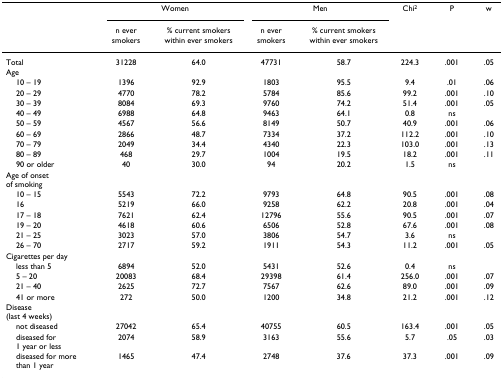
<table><thead><tr><td>[EMPTY_CELL]</td><td colspan="2"><b>Women</b></td><td colspan="2"><b>Men</b></td><td><b>Chi<sup>2</sup></b></td><td>[EMPTY_CELL]</td><td><b>P</b></td><td>[EMPTY_CELL]</td><td><b>w</b></td></tr><tr><td>[EMPTY_CELL]</td><td><b>n ever smokers</b></td><td><b>% current smokers within ever smokers</b></td><td><b>n ever smokers</b></td><td><b>% current smokers within ever smokers</b></td><td>[EMPTY_CELL]</td><td>[EMPTY_CELL]</td><td>[EMPTY_CELL]</td><td>[EMPTY_CELL]</td><td>[EMPTY_CELL]</td></tr></thead><tbody><tr><td>Total</td><td>31228</td><td>64.0</td><td>47731</td><td>58.7</td><td>224.3</td><td>[EMPTY_CELL]</td><td>.001</td><td>[EMPTY_CELL]</td><td>.05</td></tr><tr><td>Age</td><td>[EMPTY_CELL]</td><td>[EMPTY_CELL]</td><td>[EMPTY_CELL]</td><td>[EMPTY_CELL]</td><td>[EMPTY_CELL]</td><td>[EMPTY_CELL]</td><td>[EMPTY_CELL]</td><td>[EMPTY_CELL]</td><td>[EMPTY_CELL]</td></tr><tr><td> 10 – 19</td><td>1396</td><td>92.9</td><td>1803</td><td>95.5</td><td>9.4</td><td>[EMPTY_CELL]</td><td>.01</td><td>[EMPTY_CELL]</td><td>.06</td></tr><tr><td> 20 – 29</td><td>4770</td><td>78.2</td><td>5784</td><td>85.6</td><td>99.2</td><td>[EMPTY_CELL]</td><td>.001</td><td>[EMPTY_CELL]</td><td>.10</td></tr><tr><td> 30 – 39</td><td>8084</td><td>69.3</td><td>9760</td><td>74.2</td><td>51.4</td><td>[EMPTY_CELL]</td><td>.001</td><td>[EMPTY_CELL]</td><td>.05</td></tr><tr><td> 40 – 49</td><td>6988</td><td>64.8</td><td>9463</td><td>64.1</td><td>0.8</td><td>[EMPTY_CELL]</td><td>ns</td><td>[EMPTY_CELL]</td><td>[EMPTY_CELL]</td></tr><tr><td> 50 – 59</td><td>4567</td><td>56.6</td><td>8149</td><td>50.7</td><td>40.9</td><td>[EMPTY_CELL]</td><td>.001</td><td>[EMPTY_CELL]</td><td>.06</td></tr><tr><td> 60 – 69</td><td>2866</td><td>48.7</td><td>7334</td><td>37.2</td><td>112.2</td><td>[EMPTY_CELL]</td><td>.001</td><td>[EMPTY_CELL]</td><td>.10</td></tr><tr><td> 70 – 79</td><td>2049</td><td>34.4</td><td>4340</td><td>22.3</td><td>103.0</td><td>[EMPTY_CELL]</td><td>.001</td><td>[EMPTY_CELL]</td><td>.13</td></tr><tr><td> 80 – 89</td><td>468</td><td>29.7</td><td>1004</td><td>19.5</td><td>18.2</td><td>[EMPTY_CELL]</td><td>.001</td><td>[EMPTY_CELL]</td><td>.11</td></tr><tr><td> 90 or older</td><td>40</td><td>30.0</td><td>94</td><td>20.2</td><td>1.5</td><td>[EMPTY_CELL]</td><td>ns</td><td>[EMPTY_CELL]</td><td>[EMPTY_CELL]</td></tr><tr><td>Age of onset of smoking</td><td>[EMPTY_CELL]</td><td>[EMPTY_CELL]</td><td>[EMPTY_CELL]</td><td>[EMPTY_CELL]</td><td>[EMPTY_CELL]</td><td>[EMPTY_CELL]</td><td>[EMPTY_CELL]</td><td>[EMPTY_CELL]</td><td>[EMPTY_CELL]</td></tr><tr><td> 10 – 15</td><td>5543</td><td>72.2</td><td>9793</td><td>64.8</td><td>90.5</td><td>[EMPTY_CELL]</td><td>.001</td><td>[EMPTY_CELL]</td><td>.08</td></tr><tr><td> 16</td><td>5219</td><td>66.0</td><td>9258</td><td>62.2</td><td>20.8</td><td>[EMPTY_CELL]</td><td>.001</td><td>[EMPTY_CELL]</td><td>.04</td></tr><tr><td> 17 – 18</td><td>7621</td><td>62.4</td><td>12796</td><td>55.6</td><td>90.5</td><td>[EMPTY_CELL]</td><td>.001</td><td>[EMPTY_CELL]</td><td>.07</td></tr><tr><td> 19 – 20</td><td>4618</td><td>60.6</td><td>6506</td><td>52.8</td><td>67.6</td><td>[EMPTY_CELL]</td><td>.001</td><td>[EMPTY_CELL]</td><td>.08</td></tr><tr><td> 21 – 25</td><td>3023</td><td>57.0</td><td>3806</td><td>54.7</td><td>3.6</td><td>[EMPTY_CELL]</td><td>ns</td><td>[EMPTY_CELL]</td><td>[EMPTY_CELL]</td></tr><tr><td> 26 – 70</td><td>2717</td><td>59.2</td><td>1911</td><td>54.3</td><td>11.2</td><td>[EMPTY_CELL]</td><td>.001</td><td>[EMPTY_CELL]</td><td>.05</td></tr><tr><td>Cigarettes per day</td><td>[EMPTY_CELL]</td><td>[EMPTY_CELL]</td><td>[EMPTY_CELL]</td><td>[EMPTY_CELL]</td><td>[EMPTY_CELL]</td><td>[EMPTY_CELL]</td><td>[EMPTY_CELL]</td><td>[EMPTY_CELL]</td><td>[EMPTY_CELL]</td></tr><tr><td> less than 5</td><td>6894</td><td>52.0</td><td>5431</td><td>52.6</td><td>0.4</td><td>[EMPTY_CELL]</td><td>ns</td><td>[EMPTY_CELL]</td><td>[EMPTY_CELL]</td></tr><tr><td> 5 – 20</td><td>20083</td><td>68.4</td><td>29398</td><td>61.4</td><td>256.0</td><td>[EMPTY_CELL]</td><td>.001</td><td>[EMPTY_CELL]</td><td>.07</td></tr><tr><td> 21 – 40</td><td>2625</td><td>72.7</td><td>7567</td><td>62.6</td><td>89.0</td><td>[EMPTY_CELL]</td><td>.001</td><td>[EMPTY_CELL]</td><td>.09</td></tr><tr><td> 41 or more</td><td>272</td><td>50.0</td><td>1200</td><td>34.8</td><td>21.2</td><td>[EMPTY_CELL]</td><td>.001</td><td>[EMPTY_CELL]</td><td>.12</td></tr><tr><td>Disease (last 4 weeks)</td><td>[EMPTY_CELL]</td><td>[EMPTY_CELL]</td><td>[EMPTY_CELL]</td><td>[EMPTY_CELL]</td><td>[EMPTY_CELL]</td><td>[EMPTY_CELL]</td><td>[EMPTY_CELL]</td><td>[EMPTY_CELL]</td><td>[EMPTY_CELL]</td></tr><tr><td> not diseased</td><td>27042</td><td>65.4</td><td>40755</td><td>60.5</td><td>163.4</td><td>[EMPTY_CELL]</td><td>.001</td><td>[EMPTY_CELL]</td><td>.05</td></tr><tr><td> diseased for 1 year or less</td><td>2074</td><td>58.9</td><td>3163</td><td>55.6</td><td>5.7</td><td>[EMPTY_CELL]</td><td>.05</td><td>[EMPTY_CELL]</td><td>.03</td></tr><tr><td> diseased for more than 1 year</td><td>1465</td><td>47.4</td><td>2748</td><td>37.6</td><td>37.3</td><td>[EMPTY_CELL]</td><td>.001</td><td>[EMPTY_CELL]</td><td>.09</td></tr></tbody></table>